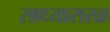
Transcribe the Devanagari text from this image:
साध्यासरळ